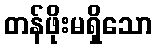
တန်ဖိုးမရှိသော